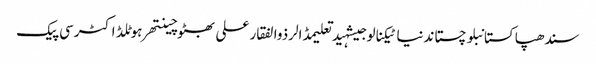
سندھپاکستانبلوچستاندنیاٹیکنالوجیشہیدتعلیمڈالرذوالفقار علی بھٹوچینتھرہوٹلڈاکٹرسی پیک